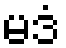
မဒံ